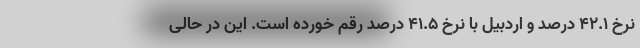
نرخ ۴۲.۱ درصد و اردبیل با نرخ ۴۱.۵ درصد رقم خورده است. این در حالی